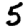
Digit: 5